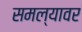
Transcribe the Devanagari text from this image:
समल्यावर